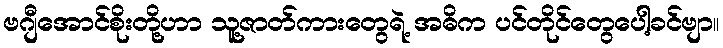
ဗဂျီအောင်စိုးတို့ဟာ သူ့ဇာတ်ကားတွေရဲ့ အဓိက ပင်တိုင်တွေပေါ့ခင်ဗျာ။